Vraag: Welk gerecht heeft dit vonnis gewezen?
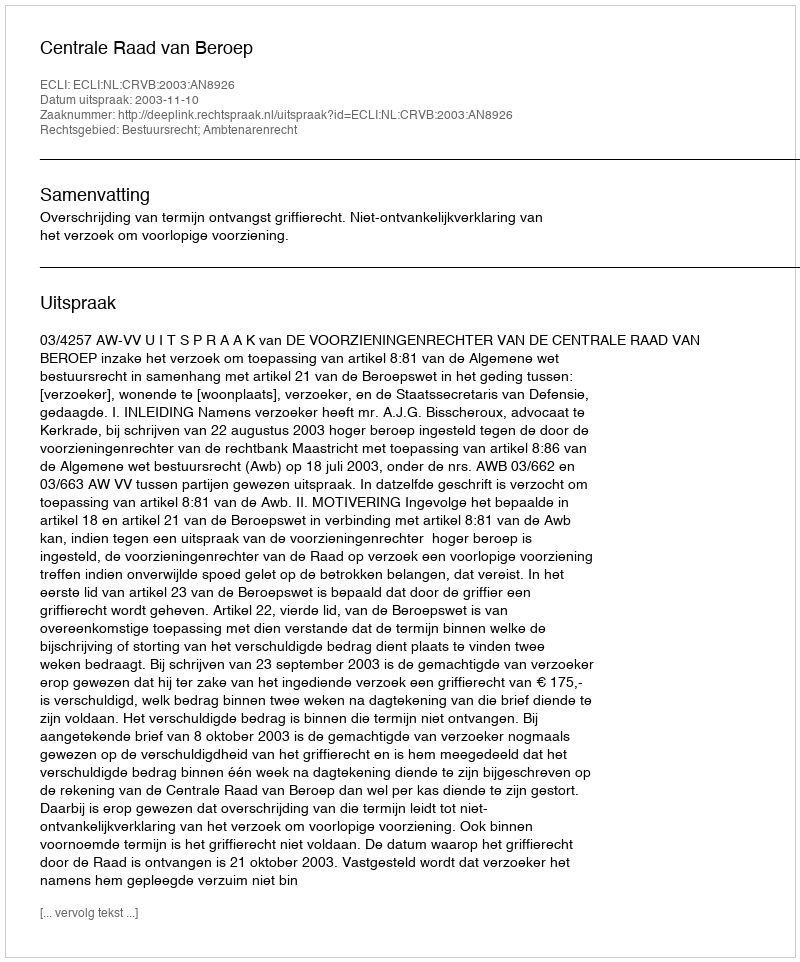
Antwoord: Centrale Raad van Beroep